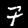
Digit: 7